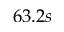
6 3 . 2 s